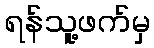
ရန်သူ့ဖက်မှ